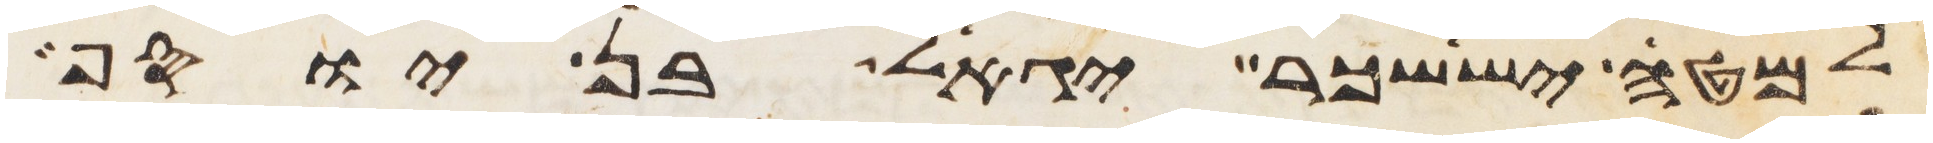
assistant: למטה יששכר יגאל בן יוסף